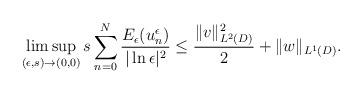
LaTeX: \begin{align*}\limsup_{(\epsilon,s)\rightarrow (0,0)}s\sum_{n=0}^{N}\frac{E_{\epsilon}(u_n^{\epsilon})}{|\ln\epsilon|^2}\leq \frac{\lVert v \rVert_{L^2(D)}^2}{2} + \lVert w \rVert_{L^1(D)}.\end{align*}